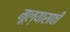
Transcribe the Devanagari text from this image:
मूल्यासाठी